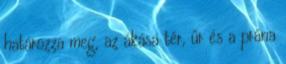
határozza meg, az ákása tér, űr és a prána